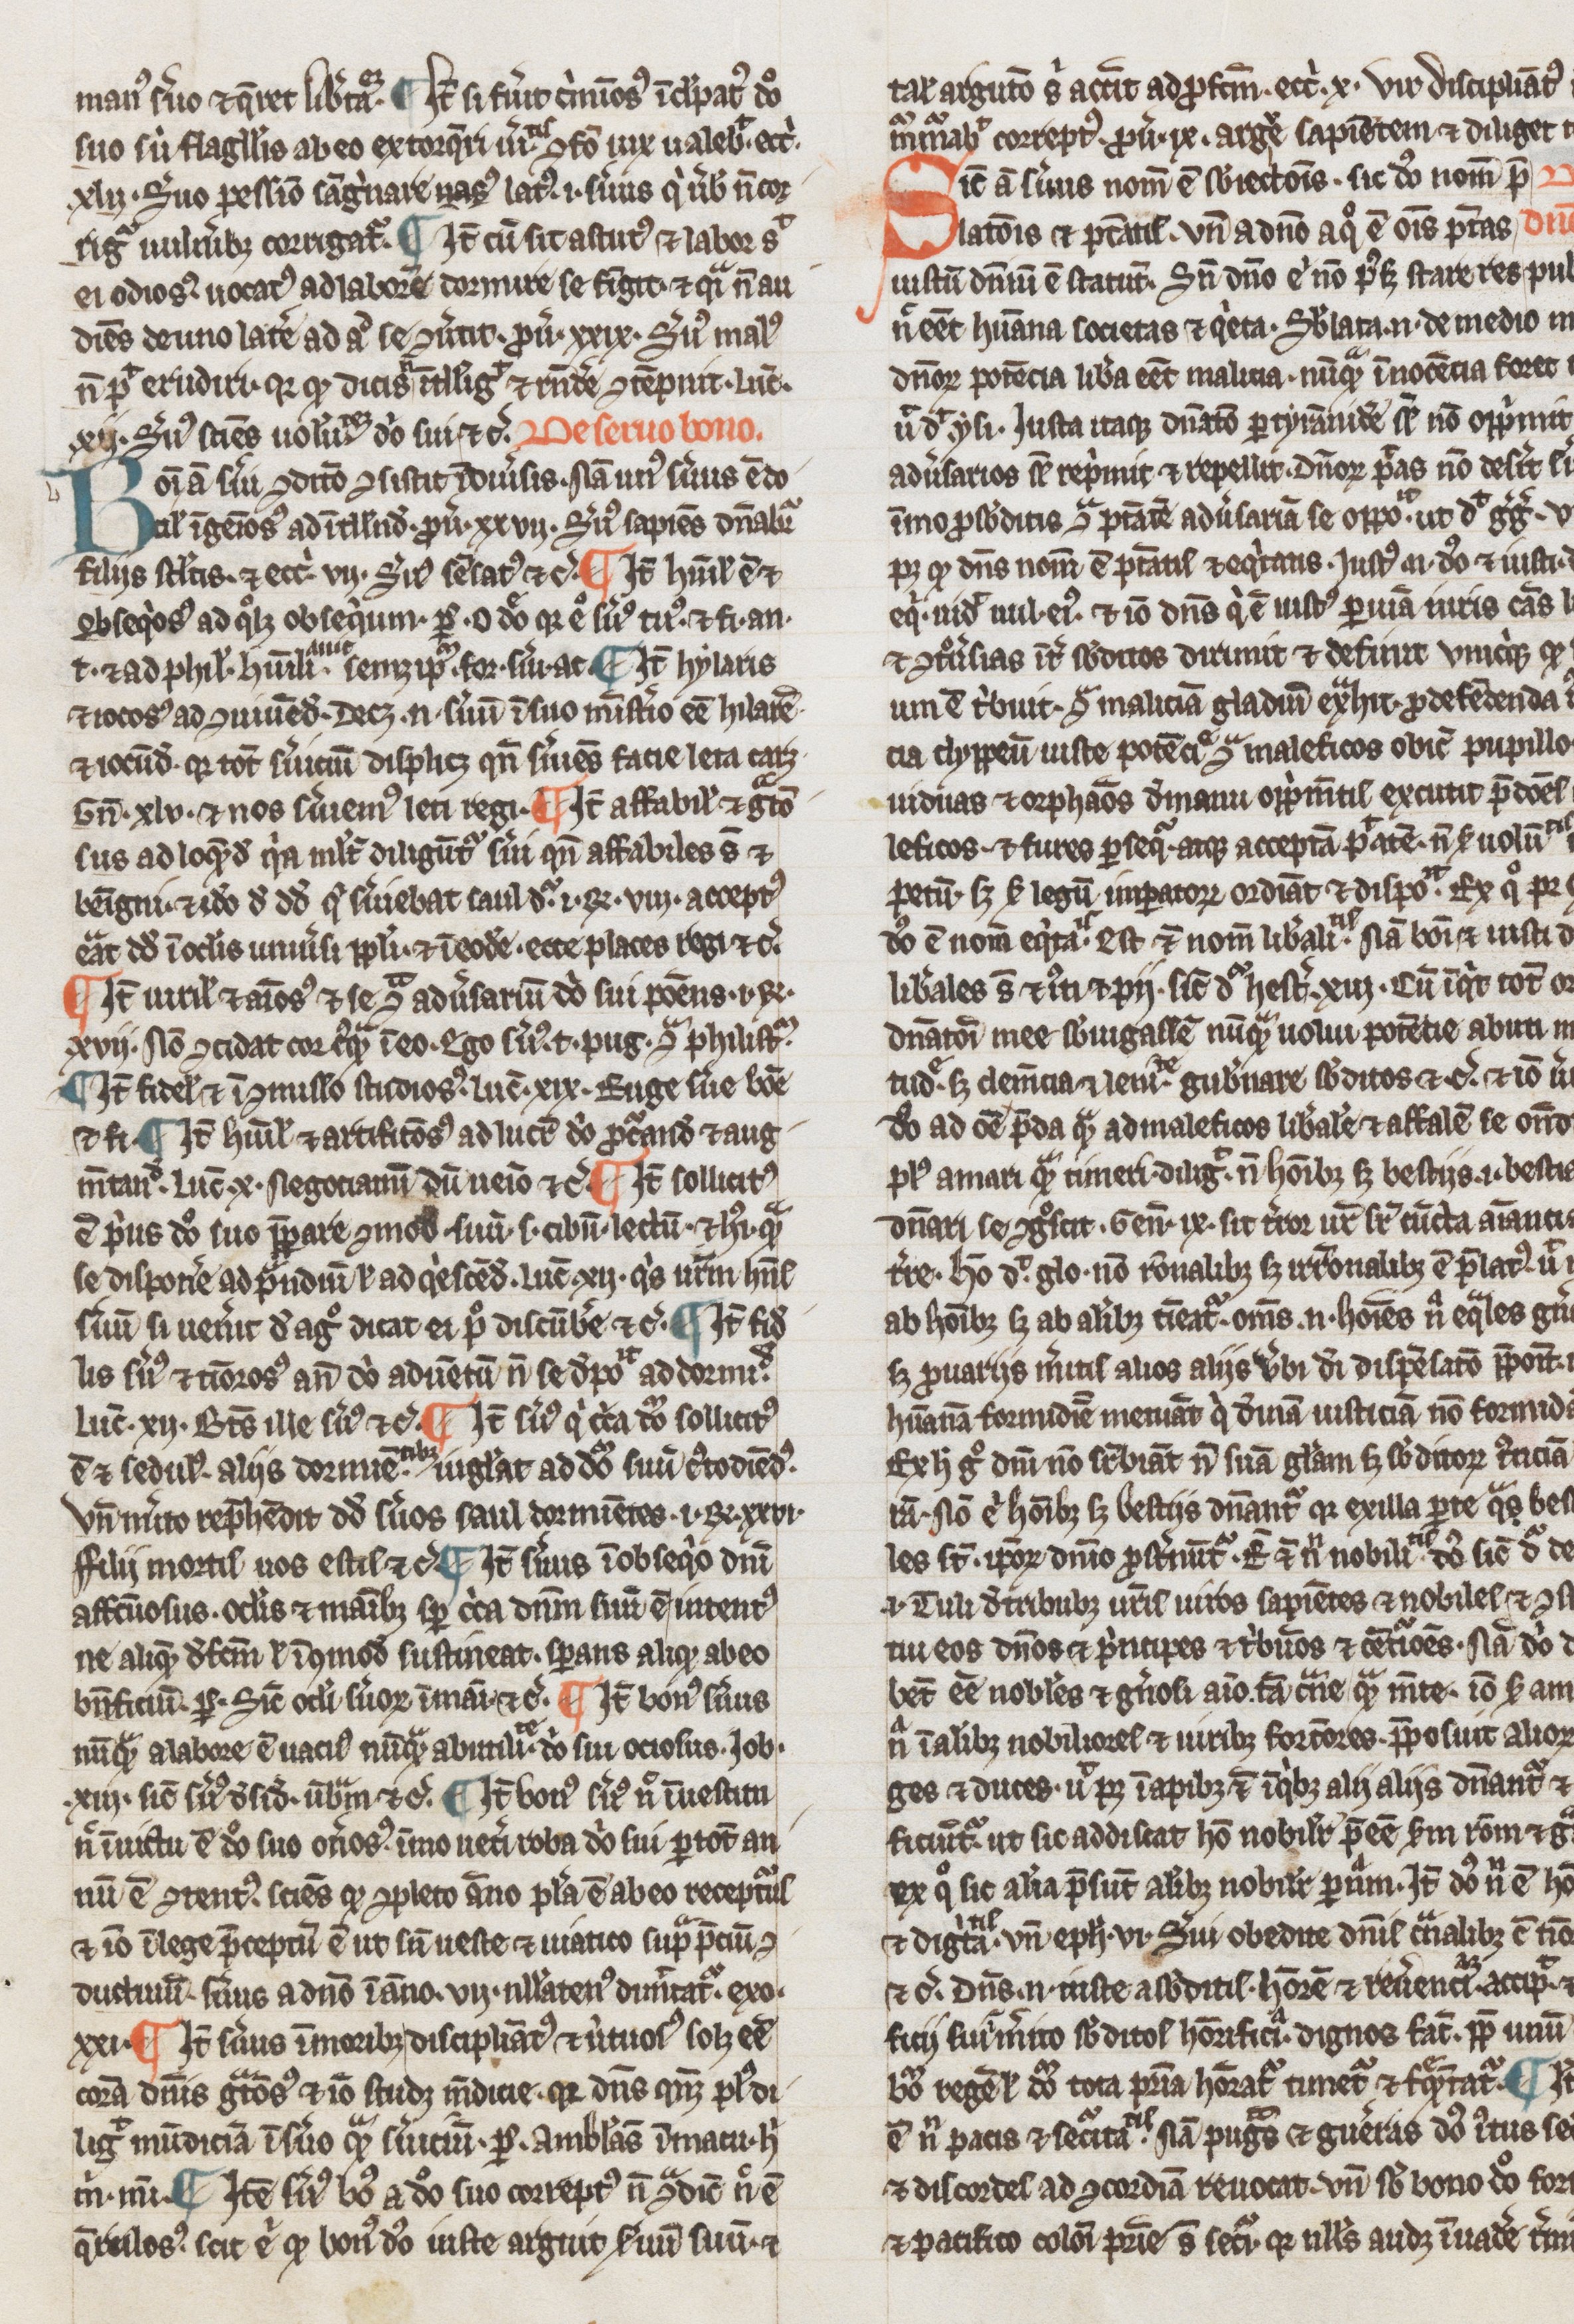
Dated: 1300–1399